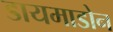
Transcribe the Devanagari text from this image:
डायमाडोन